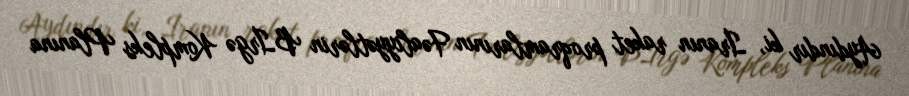
Aydındır ki, İranın raket proqramlarının Fəaliyyətlərin Bİrgə Kompleks Planına